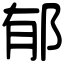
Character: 郁